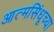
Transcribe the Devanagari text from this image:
आत्मसिंधूच्या